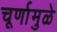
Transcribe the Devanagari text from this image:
चूर्णामुळे